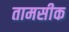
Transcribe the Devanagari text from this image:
तामसीक